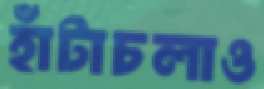
হাঁটাচলাও